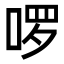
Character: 啰